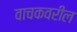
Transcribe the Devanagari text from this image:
वाचकवरील